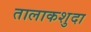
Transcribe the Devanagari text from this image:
तालाकशुदा